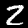
Digit: 2